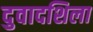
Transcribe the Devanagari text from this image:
दुवादशिला